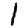
Digit: 1